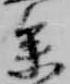
参